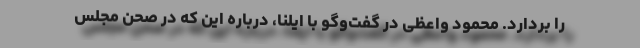
را بردارد. محمود واعظی در گفت‌وگو با ایلنا، درباره این که در صحن مجلس